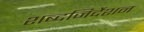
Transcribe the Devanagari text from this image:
शब्दनिर्देशन